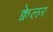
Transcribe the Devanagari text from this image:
क्वेलर